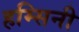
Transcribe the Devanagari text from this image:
हम्सिनी